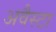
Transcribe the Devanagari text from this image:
अवैस्टा